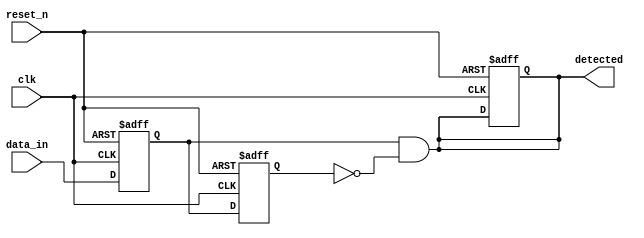
module dual_ff_detector (
    input wire clk,           // Clock signal
    input wire reset_n,      // Active-low asynchronous reset
    input wire data_in,      // Primary input signal (data signal)
    output reg detected       // Output signal indicating detection of specific pattern
);

    // Internal signals for the states of the flip-flops
    reg ff1, ff2;

    // Asynchronous reset and clocking of the dual flip-flops
    always @(posedge clk or negedge reset_n) begin
        if (!reset_n) begin
            ff1 <= 1'b0; // Reset ff1 to 0
            ff2 <= 1'b0; // Reset ff2 to 0
            detected <= 1'b0; // Reset detected output
        end else begin
            ff1 <= data_in; // Store data_in in ff1 at rising edge of clk
            ff2 <= ff1; // Store previous state of ff1 in ff2
        end
    end

    // Detection logic
    always @(*) begin
        // Example detection logic: detect rising edge
        detected = (ff1 == 1'b1 && ff2 == 1'b0); // Detect transition from 0 to 1
    end

endmodule